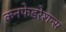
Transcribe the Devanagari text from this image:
कनफेडरेशन्स